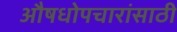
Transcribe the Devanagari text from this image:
औषधोपचारांसाठी